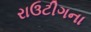
રાઉટીગના